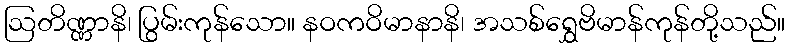
ဩတိဏ္ဏာနိ၊ ပြွမ်းကုန်သော။ နဝကဝိမာနာနိ၊ အသစ်ရွှေဗိမာန်ကုန်တို့သည်။